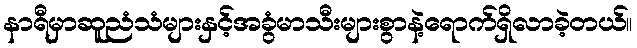
နာရီမှာဆူညံသံများနှင့်အခွံမာသီးများစွာနဲ့ရောက်ရှိလာခဲ့တယ်။